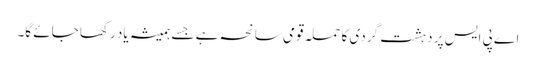
اے پی ایس پر دہشت گردی کا حملہ قومی سانحہ ہے جسے ہمیشہ یاد رکھا جائے گا۔